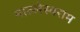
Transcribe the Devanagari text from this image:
माल्लेस्वराम